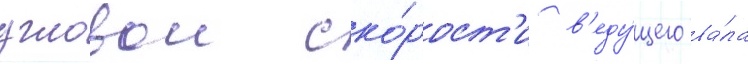
угловои ско́рост'и в'еду́щего ва́ла